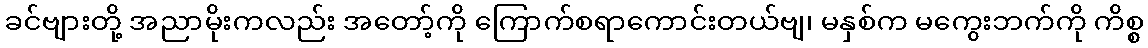
ခင်ဗျားတို့ အညာမိုးကလည်း အတော့်ကို ကြောက်စရာကောင်းတယ်ဗျ၊ မနှစ်က မကွေးဘက်ကို ကိစ္စ